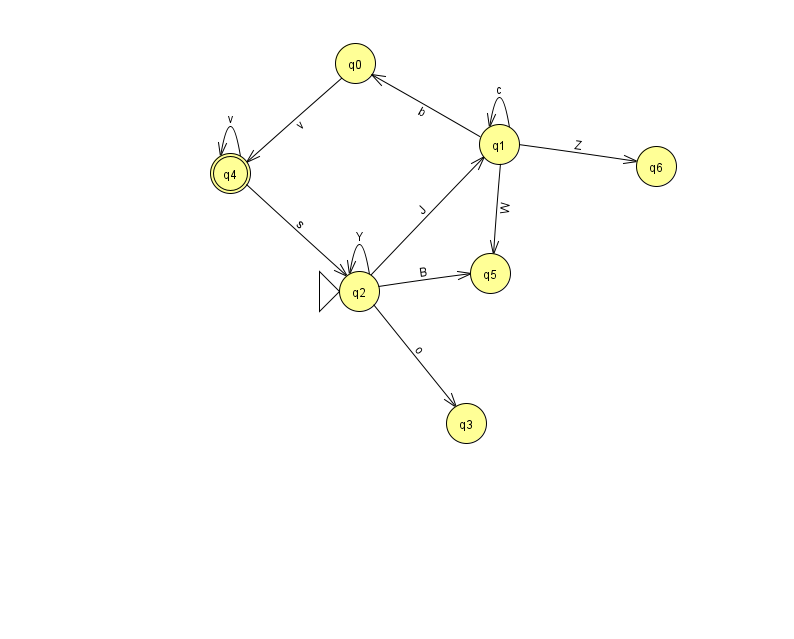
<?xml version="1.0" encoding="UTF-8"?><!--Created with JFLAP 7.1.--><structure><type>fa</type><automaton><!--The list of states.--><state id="0" name="q0"><x>355.0</x><y>50.0</y></state><state id="1" name="q1"><x>499.0</x><y>131.0</y></state><state id="2" name="q2"><x>359.0</x><y>278.0</y><initial/></state><state id="3" name="q3"><x>466.0</x><y>410.0</y></state><state id="4" name="q4"><x>230.0</x><y>160.0</y><final/></state><state id="5" name="q5"><x>490.0</x><y>260.0</y></state><state id="6" name="q6"><x>656.0</x><y>153.0</y></state><!--The list of transitions.--><transition><from>0</from><to>4</to><read>v</read></transition><transition><from>1</from><to>1</to><read>c</read></transition><transition><from>2</from><to>1</to><read>J</read></transition><transition><from>2</from><to>5</to><read>B</read></transition><transition><from>1</from><to>0</to><read>b</read></transition><transition><from>1</from><to>6</to><read>Z</read></transition><transition><from>4</from><to>4</to><read>v</read></transition><transition><from>2</from><to>2</to><read>Y</read></transition><transition><from>4</from><to>2</to><read>s</read></transition><transition><from>2</from><to>3</to><read>o</read></transition><transition><from>1</from><to>5</to><read>W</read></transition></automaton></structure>